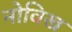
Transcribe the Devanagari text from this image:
नोविख